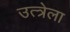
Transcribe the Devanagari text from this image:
उत्त्रेला